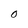
Character: O